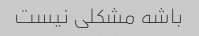
باشه مشکلی نیست